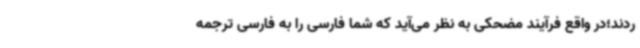
ردند؛در واقع فرآیند مضحکی به نظر می‌آید که شما فارسی را به فارسی ترجمه